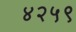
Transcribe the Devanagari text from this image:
४२५९